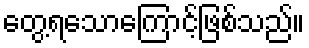
တွေ့ရသောကြောင့်ဖြစ်သည်။